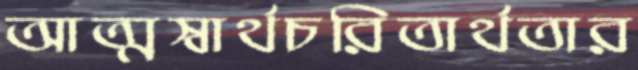
আত্মস্বার্থচরিতার্থতার